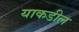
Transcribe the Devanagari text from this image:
याकडील